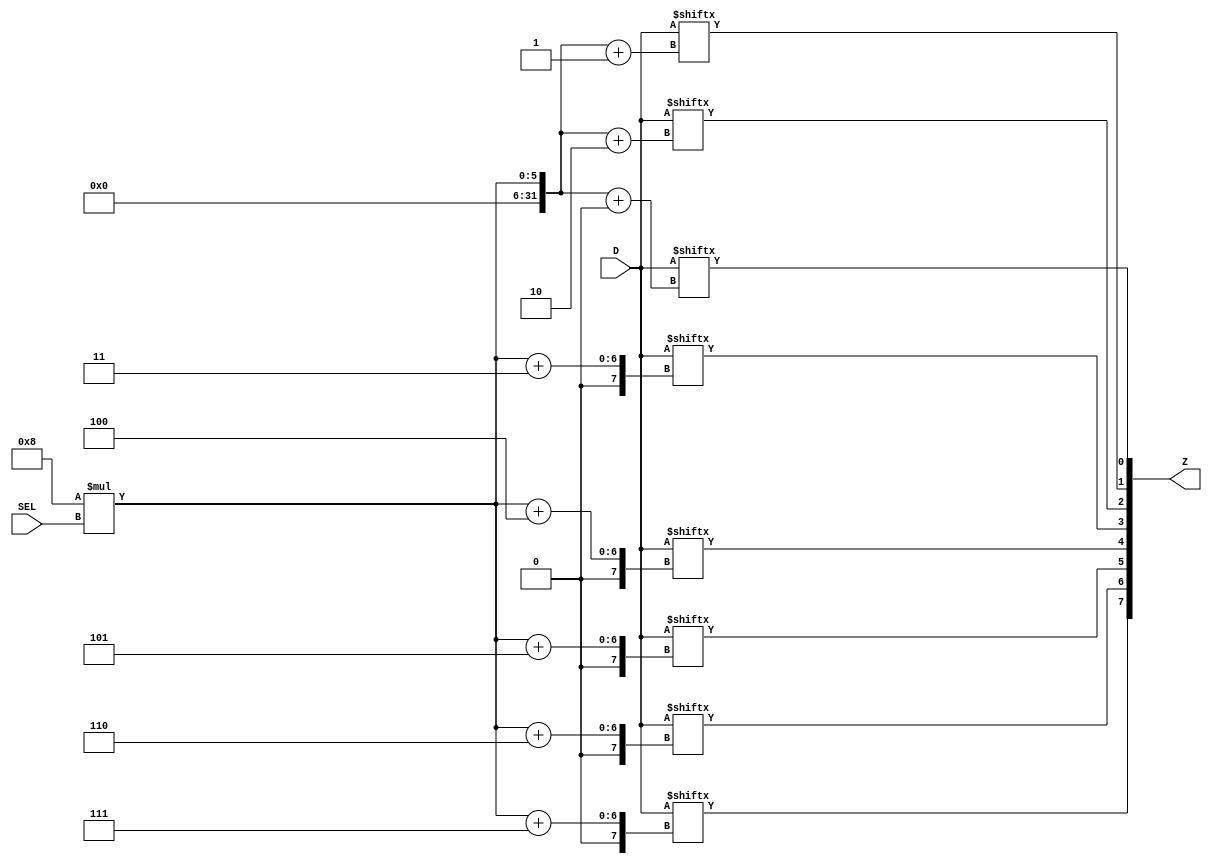
 module muxMto1 (Z, SEL, D);

 parameter N = 8;  // number of bits wide
 parameter M = 4;  // number of inputs
 parameter S = 2;  // number of sel lines

 parameter W = M * N;
 `define DTOTAL W-1:0
 `define DWIDTH N-1:0
 `define SELW   S-1:0
 `define WORDS  M-1:0

 /* Verilog does not provide an easy way to parameterize 
 * the number of inputs, this model takes all inputs as
 * one long vector */

 input [`DTOTAL] D;
 input [`SELW] SEL;
 output [`DWIDTH] Z;

 reg[`DWIDTH] tmp, Z;
 integer i;

 always @(SEL or D) begin
	 for (i = 0; i < N; i = i + 1)
		 tmp[i] = D[N*SEL + i];
	 Z = tmp;
 end

 endmodule